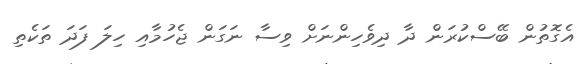
އެގޮތުން ބޭސްކުރަން ދާ ދިވެހިންނަށް ވިސާ ނަގަން ޖެހުމާއި ހިލަ ފަދަ ތަކެތި